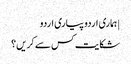
| ہماری اردو پیاری اردو
شکایت کس سے کریں؟